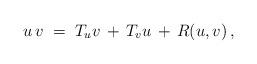
LaTeX: \begin{align*}u\,v\;=\;T_uv\,+\,T_vu\,+\,R(u,v)\,,\end{align*}